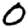
Digit: 0